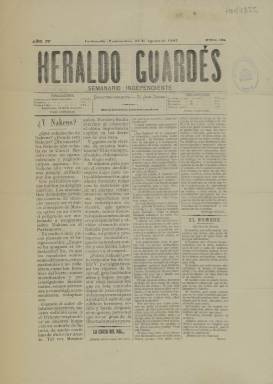
Título: Heraldo guardés
Colección: Periódicos
Ámbito geográfico: Pontevedra
Lugar de publicación: La Guardia (Pontevedra)
Fechas: 31/08/1907-19/10/1907